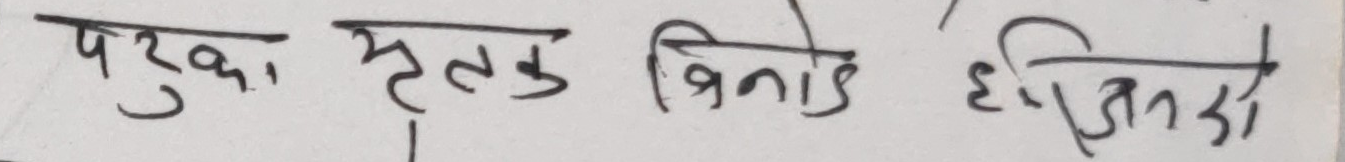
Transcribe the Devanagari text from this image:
परुका मृतक बिनोद ईन्दिई